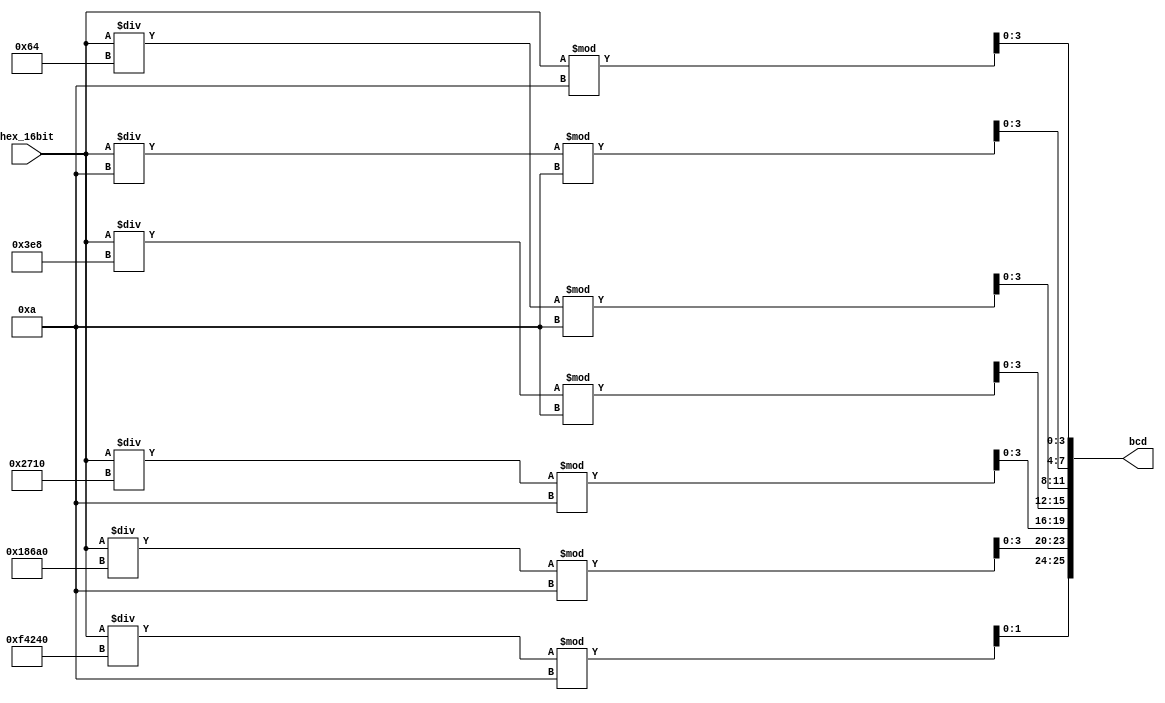
module Hex2BCD16b(
    hex_16bit, bcd
);

    input wire [15:0] hex_16bit;
    output reg [25:0] bcd;

    always @(hex_16bit) begin
        bcd[3:0]   <= hex_16bit % 10;
        bcd[7:4]   <= (hex_16bit / 10) % 10;
        bcd[11:8]  <= (hex_16bit / 100) % 10;
        bcd[15:12] <= (hex_16bit / 1000) % 10;
        bcd[19:16] <= (hex_16bit / 10000) % 10;
        bcd[23:20] <= (hex_16bit / 100000) % 10;
        bcd[25:24] <= (hex_16bit / 1000000) % 10;
    end

endmodule